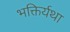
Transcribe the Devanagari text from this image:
भक्तिर्यथा